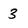
Character: 3